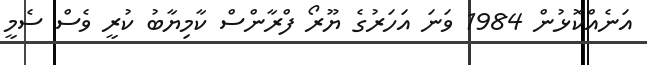
އަނެއްކޮޅުން 1984 ވަނަ އަހަރުގެ ޔޫރޯ ފްރާންސް ކާމިޔާބު ކުރީ ވެސް ސެމީ